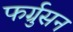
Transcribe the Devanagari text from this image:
फर्ग्रुसन